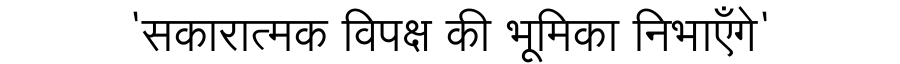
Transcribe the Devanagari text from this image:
'सकारात्मक विपक्ष की भूमिका निभाएँगे'